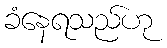
ခံနေရသည်ဟု